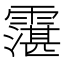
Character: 霮